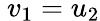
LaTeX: \ v_{1}=u_{2}